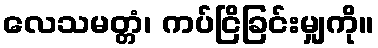
လေသမတ္တံ၊ ကပ်ငြိခြင်းမျှကို။